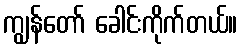
ကျွန်တော် ခေါင်းကိုက်တယ်။